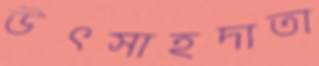
উৎসাহদাতা